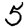
Digit: 5